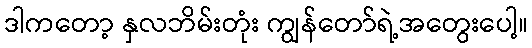
ဒါကတော့ နှလဘိမ်းတုံး ကျွန်တော်ရဲ့အတွေးပေါ့။